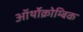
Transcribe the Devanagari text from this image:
ऑर्थोक्रोम्बिक